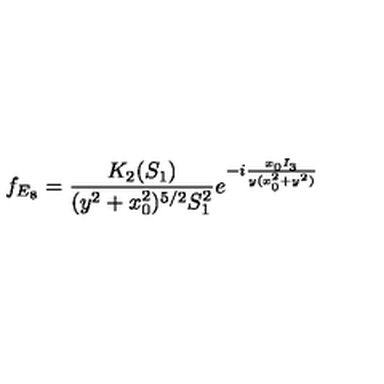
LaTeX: f _ { E _ { 8 } } = \frac { K _ { 2 } ( S _ { 1 } ) } { ( y ^ { 2 } + x _ { 0 } ^ { 2 } ) ^ { 5 / 2 } S _ { 1 } ^ { 2 } } e ^ { - i \frac { x _ { 0 } I _ { 3 } } { y ( x _ { 0 } ^ { 2 } + y ^ { 2 } ) } }